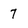
Character: 7